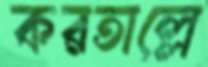
করতাল্লে